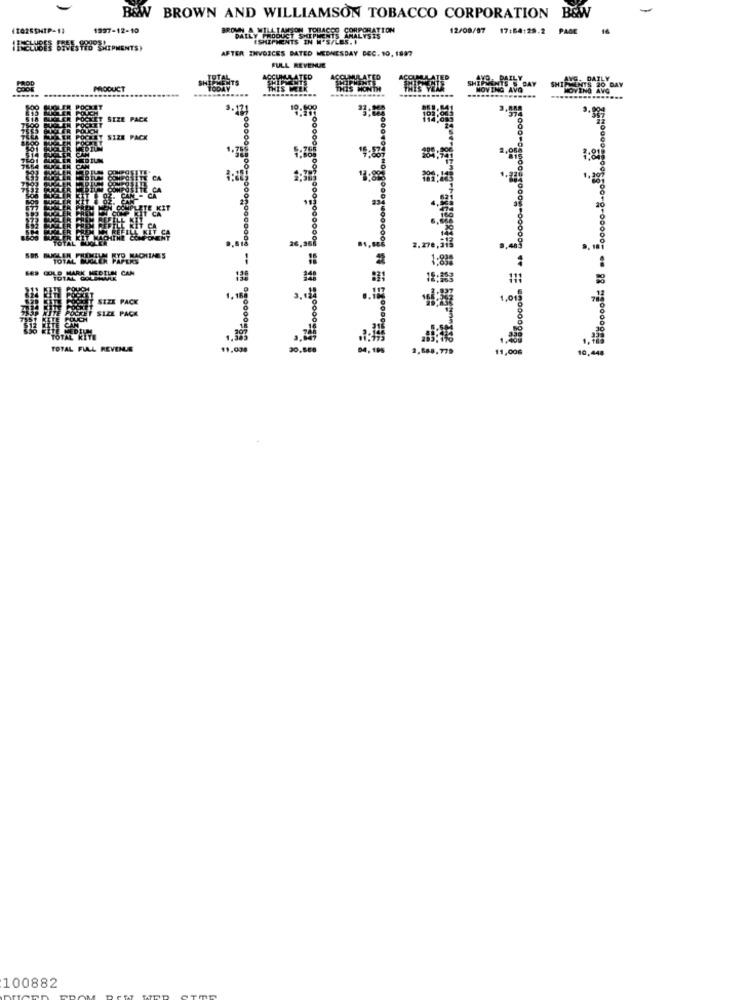
B&W BROWN AND WILLIAMSON TOBACCO CORPORATION B&W
1997-12-10
BROWN A WILLIAMSON TOBACCO CORPORATION
12/08/87 17:64:29.2 PAGE
PALLY PROO
ESHIPMENTS IN M'S/
PRODUCT SHIPMENTS
IN 'S/LES. I
IENTS ANALYSIS
AFTER INVOICES BATED WEDNESDAY DEC. 10, 1887
FULL REVENUE
PRODUCT
...........
MONTH
SIZE PACK
ET SIZE PACK
8
14:82
KIT
TOTAL
1-8
BES GOLD MARK NEDTIN CAN
SIZE PACK
3, 12
.. 1
1,01
SIZE PACK
TOTAL FULL REVENUE
0.80€
04, 198
10,44
100882